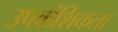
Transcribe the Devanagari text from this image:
उपवांशिकता